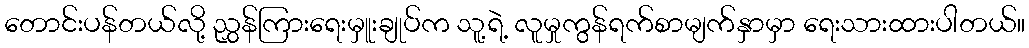
တောင်းပန်တယ်လို့ ညွှန်ကြားရေးမှူးချုပ်က သူ့ရဲ့ လူမှုကွန်ရက်စာမျက်နှာမှာ ရေးသားထားပါတယ်။